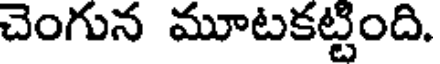
చెంగున మూటకట్టింది.